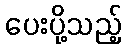
ပေးပို့သည့်